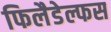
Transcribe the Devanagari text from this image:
फिलैडेल्फस